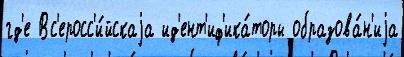
гд'е Вс'еросс'и́йскаjа ид'ент'иф'ика́торы образова́н'иjа